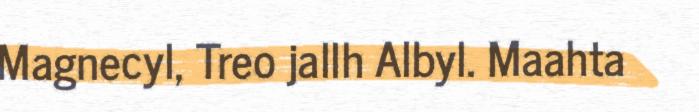
Magnecyl, Treo jallh Albyl. Maahta